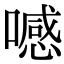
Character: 𠿑